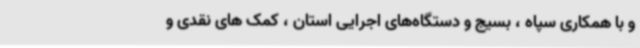
و با همکاری سپاه ، بسیج و دستگاه‌های اجرایی استان ، کمک های نقدی و